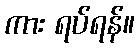
ကား ရပ်ရန်။